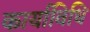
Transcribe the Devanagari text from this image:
कार्याविधि